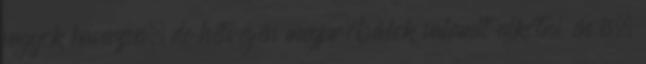
vagyok havazva, de hétvégén megpróbálok valamit alkotni én is.